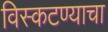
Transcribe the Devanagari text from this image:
विस्कटण्याचा